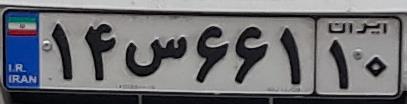
۱۴س۶۶۱۱۰